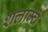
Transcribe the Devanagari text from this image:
शलाम्चे